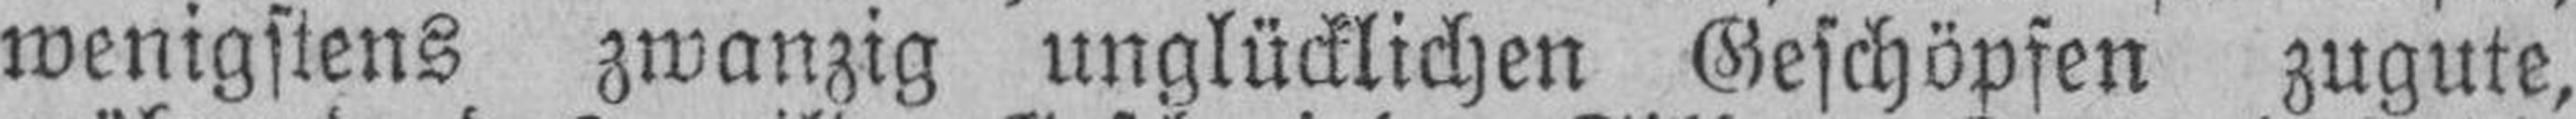
wenigstens zwanzig unglücklichen Geschöpfen zugute,